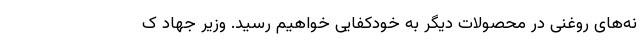
نه‌های روغنی در محصولات دیگر به خودکفایی خواهیم رسید. وزیر جهاد ک